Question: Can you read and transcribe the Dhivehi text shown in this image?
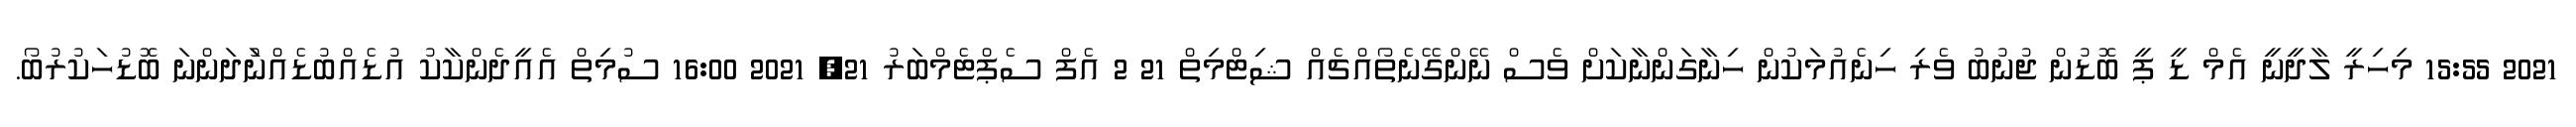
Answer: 2021 15:55 މިހިރީ ލާދީނީ އެމް ޑީ ޕީ ބޮޑުން ޖުނުބު ވެރި ހިނެއުމަކުން ހިނާގަންނާކަށް ވެސް ނޭންގޭނެތޯއްޗެއް ޝިޓްމިތް 21 2 އެފް ސެޕްޓެމްބަރު 21, 2021 16:00 ސުމިތް އެއީދެންކާކު އުޑެއްބުޑެއްނުަދަންނަ ބޮޑުހަކުރުބޯ.